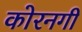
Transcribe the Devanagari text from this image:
कोरनगी